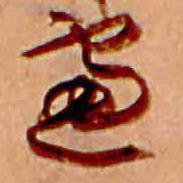
慮